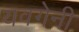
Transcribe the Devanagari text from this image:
यवगेनी